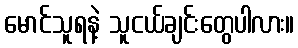
မောင်သူရနဲ့ သူငယ်ချင်းတွေပါလား။